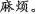
麻烦。